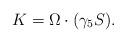
LaTeX: \begin{align*}K = \Omega \cdot (\gamma_5 S) .\end{align*}